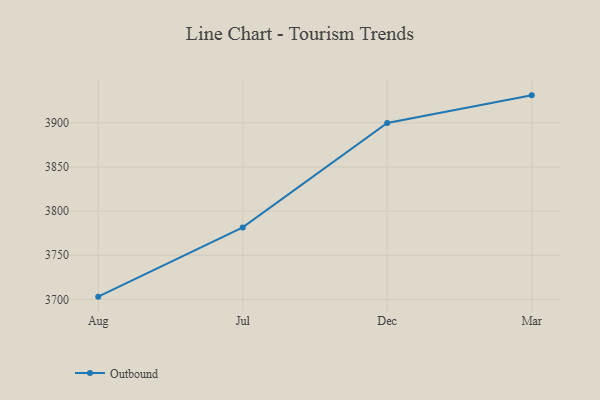
{"axis": {"x": "Month", "y": "Energy Usage (MWh)"}, "legend": ["Outbound"], "data": [{"x": "Aug", "y": 3703.1, "type": "Outbound"}, {"x": "Jul", "y": 3781.5, "type": "Outbound"}, {"x": "Dec", "y": 3899.8, "type": "Outbound"}, {"x": "Mar", "y": 3931.1, "type": "Outbound"}]}